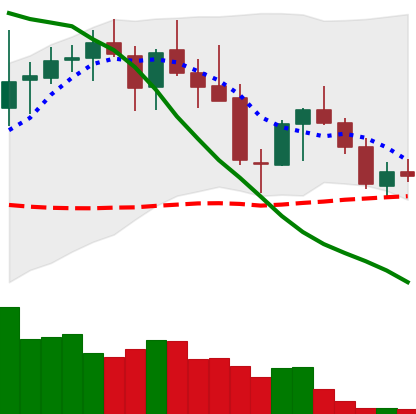
Ticker: LINK-USD
Chart end date: 2018-05-19
Forward return: -20.429%
Label: down_7plus